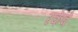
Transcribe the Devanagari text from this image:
रकेवे